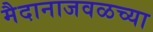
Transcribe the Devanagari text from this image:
मैदानाजवळच्या